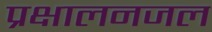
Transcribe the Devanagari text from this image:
प्रक्षालनजल